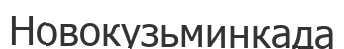
Новокузьминкада